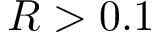
R > 0 . 1